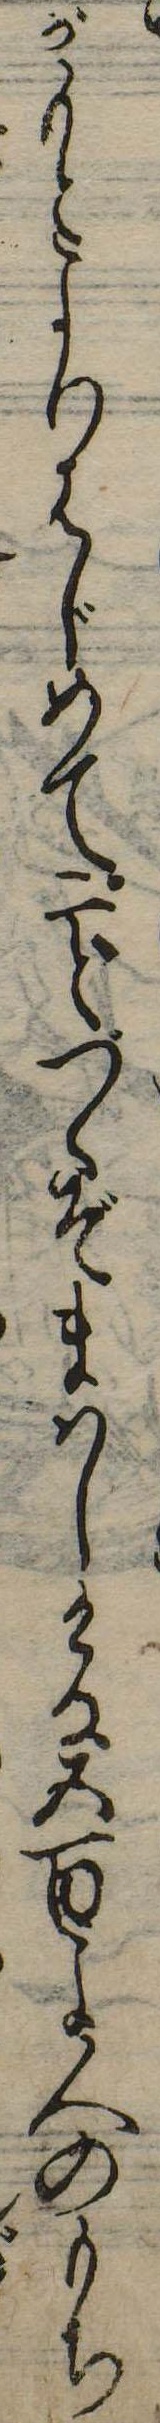
がもとよりはじめて二どづゝぞまはしける五百よ人のもち